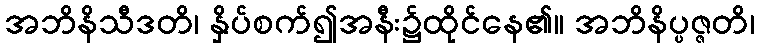
အဘိနိသီဒတိ၊ နှိပ်စက်၍အနီး၌ထိုင်နေ၏။ အဘိနိပ္ပဇ္ဇတိ၊